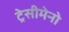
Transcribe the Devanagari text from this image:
ट्रेसीमेनो